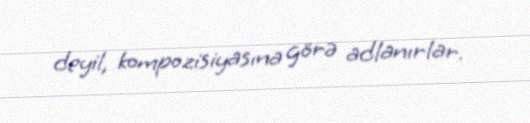
deyil, kompozisiyasına görə adlanırlar.